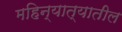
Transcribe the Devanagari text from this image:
महिन्यात्यातील